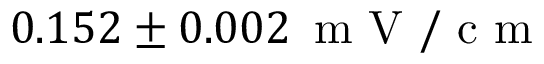
0 . 1 5 2 \pm 0 . 0 0 2 \, \mathrm { ~ m ~ V ~ / ~ c ~ m ~ }